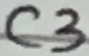
Text: C3